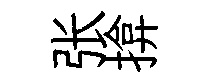
张揜